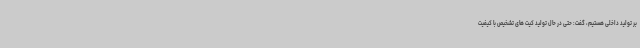
بر تولید داخلی هستیم، گفت: حتی در حال تولید کیت های تشخیص با کیفیت